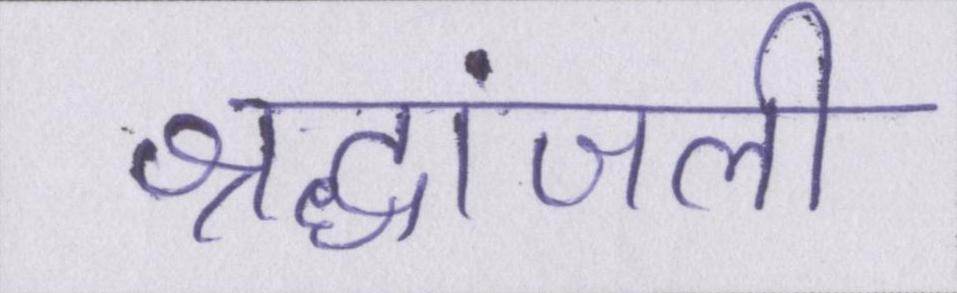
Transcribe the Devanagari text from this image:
श्रद्धांजली